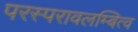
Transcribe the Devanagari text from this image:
परस्परावलम्बित्व